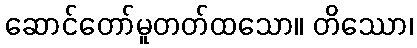
ဆောင်တော်မူတတ်ထသော။ တိဿော၊